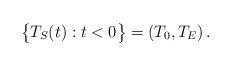
LaTeX: \begin{align*}\big\{T_S(t):t<0\big\}=(T_0,T_E)\,.\end{align*}